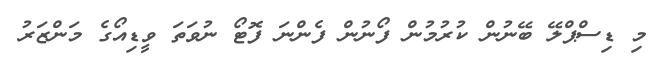
މި ޑިސްޕްލޭ ބޭނުން ކުރުމުން ފޯނުން ފެންނަ ފޮޓޯ ނުވަތަ ވީޑިއޯގެ މަންޒަރު